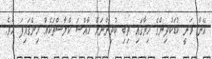
އޭނާ ވަނީ ކުޑަކުދިންގެ ހިޔާގައި ތިބި ކުދިންނަށް ހާއްސަ ކްލާސްތަކެއް ހިންގައިފަ އެވެ.